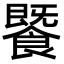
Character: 𩞚